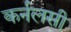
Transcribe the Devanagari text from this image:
कर्नलसी